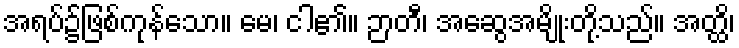
အရပ်၌ဖြစ်ကုန်သော။ မေ၊ ငါ၏။ ဉာတီ၊ အဆွေအမျိုးတို့သည်။ အတ္ထိ၊